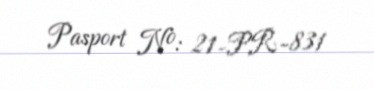
Pasport №: 21-PR-831